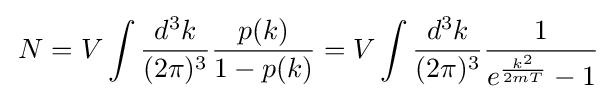
\,N=V\int {d^{3}k \over (2\pi )^{3}}{p(k) \over 1-p(k)}=V\int {d^{3}k \over (2\pi )^{3}}{1 \over e^{k^{2} \over 2mT}-1}